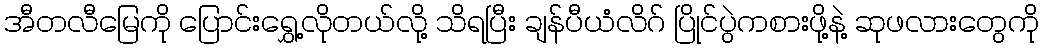
အီတလီမြေကို ပြောင်းရွှေ့လိုတယ်လို့ သိရပြီး ချန်ပီယံလိဂ် ပြိုင်ပွဲကစားဖို့နဲ့ ဆုဖလားတွေကို